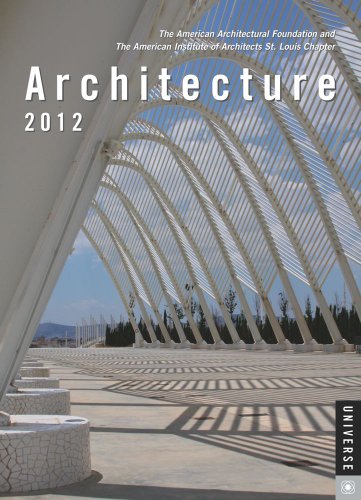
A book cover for Architecture: 2012 Engagement Calendar; St. Louis The American Architectural Foundation; Calendars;